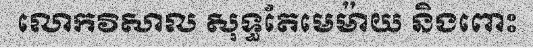
លោកវិសាល សុទ្ធតែមេម៉ាយ និងពោះ